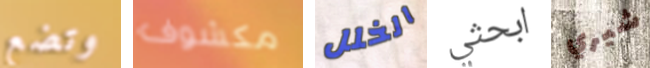
وتضع مكشوف الخلل ابحثي شيري